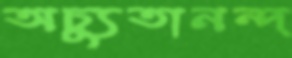
অচ্যুতানন্দ